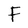
Character: F